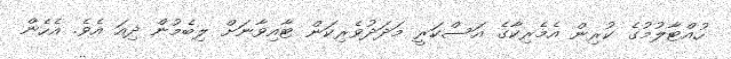
ހުއްޓާލުމުގެ ކުރިން އެމެރިކާގެ އަސްކަރީ މަދަދުވެރިކަން ޓާއިވާނަށް ލިބެމުން ދިއަ އެވެ. އެެހެން